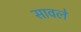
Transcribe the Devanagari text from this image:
सावले